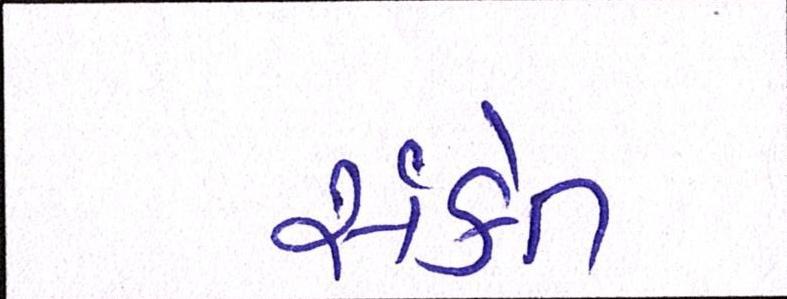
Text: સંકેત